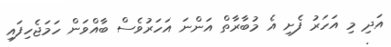
އަދި މި އަހަރު ފެށި އެ މުބާރާތް އަންނަ އަހަރުވެސް ބާއްވަން ހަމަޖެހިފައި